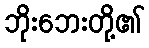
ဘိုးဘေးတို့၏